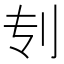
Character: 𰄞